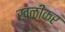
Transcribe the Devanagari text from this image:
खळीकर